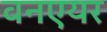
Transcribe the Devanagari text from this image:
वनएयर